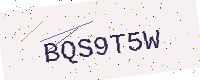
Text: BQS9T5W